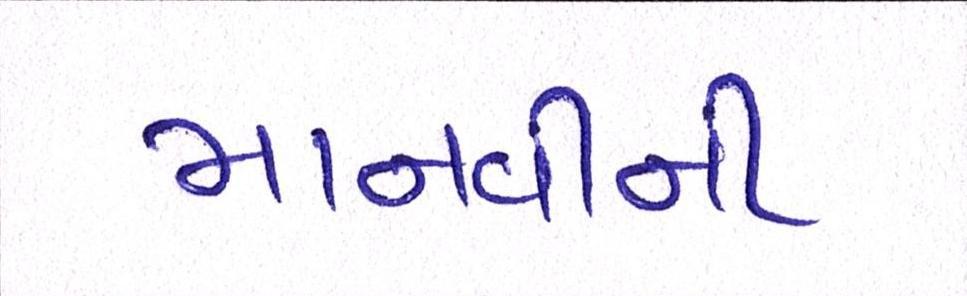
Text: માનવીની